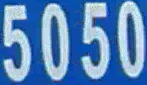
5050